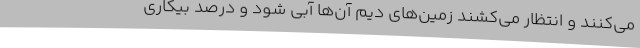
می‌کنند و انتظار می‌کشند زمین‌های دیم آن‌ها آبی شود و درصد بیکاری